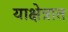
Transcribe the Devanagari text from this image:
याक्षेत्रात